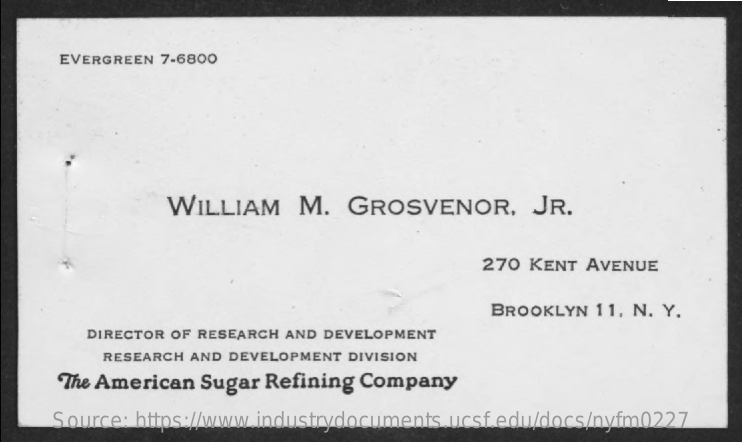
EVERGREEN 7-6800
     WILLIAM    M.  GROSVENOR,    JR.
     270 KENT AVENUE
     BROOKLYN 11, N. Y.
     DIRECTOR OF RESEARCH AND DEVELOPMENT
     RESEARCH AND DEVELOPMENT DIVISION
     The American Sugar Refining Company
     Source: https://www.industrydocuments.ucsf.edu/docs/nyfm0227